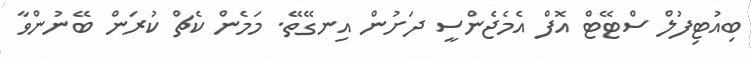
ބިއުޓިފުލް ސްޓޭޓް އޮފް އެމެޖެންސީ ދަށުން އިނގޭތޭ. މަމެން ކެޗް ކުރަން ބޭނުންވާ